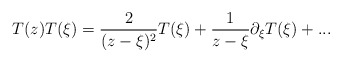
\begin{align*}T(z)T(\xi) = \frac{2}{(z - \xi)^2}T(\xi) + \frac{1}{z -\xi}\partial_{\xi}T(\xi) + ...\end{align*}